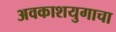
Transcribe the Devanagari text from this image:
अवकाशयुगाचा